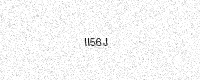
Text: II56J